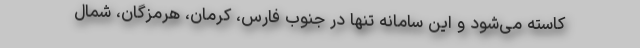
کاسته می‌شود و این سامانه تنها در جنوب فارس، کرمان، هرمزگان، شمال